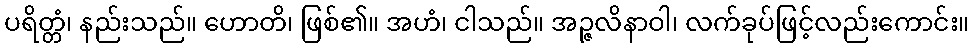
ပရိတ္တံ၊ နည်းသည်။ ဟောတိ၊ ဖြစ်၏။ အဟံ၊ ငါသည်။ အဉ္ဇလိနာဝါ၊ လက်ခုပ်ဖြင့်လည်းကောင်း။